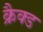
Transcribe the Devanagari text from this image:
क्रैक्ड